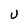
Character: U